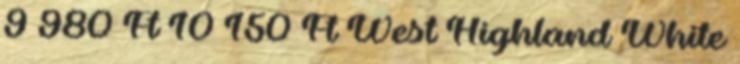
9 980 Ft 10 150 Ft West Highland White